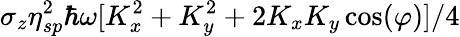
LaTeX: \sigma_{z}\eta_{sp}^{2}\hbar\omega[K_{x}^{2}+K_{y}^{2}+2K_{x}K_{y}\cos(\varphi)]/4